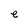
Character: e